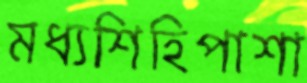
মধ্যশিহিপাশা